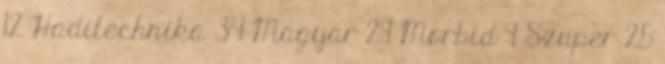
12 Haditechnika 34 Magyar 29 Morbid 9 Szuper 25